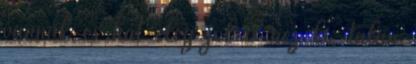
vannak és hát elég jól is néz ki, talán